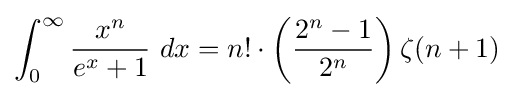
\int _{0}^{\infty }{\frac {x^{n}}{e^{x}+1}}\ dx=n!\cdot \left({\frac {2^{n}-1}{2^{n}}}\right)\zeta (n+1)